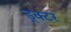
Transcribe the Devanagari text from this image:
ड्क्टर